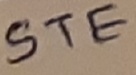
Text: STE